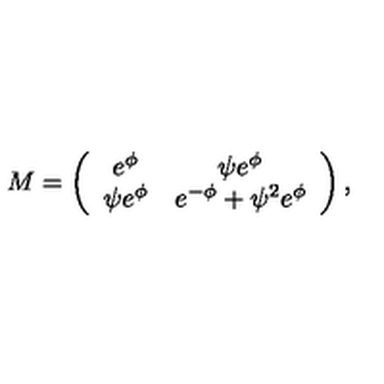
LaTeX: M = \left( \begin{array} { c c } { e ^ { \phi } } & { \psi e ^ { \phi } } \\ { \psi e ^ { \phi } } & { e ^ { - \phi } + \psi ^ { 2 } e ^ { \phi } } \\ \end{array} \right) ,